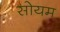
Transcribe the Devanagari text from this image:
सोयम